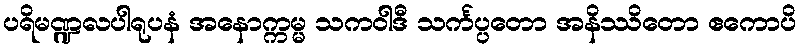
ပရိမဏ္ဍလပါရုပနံ အနောက္ကမ္မ သကဝါဒီ သင်္ကပ္ပတော အနိဿိတော ဧကောပိ